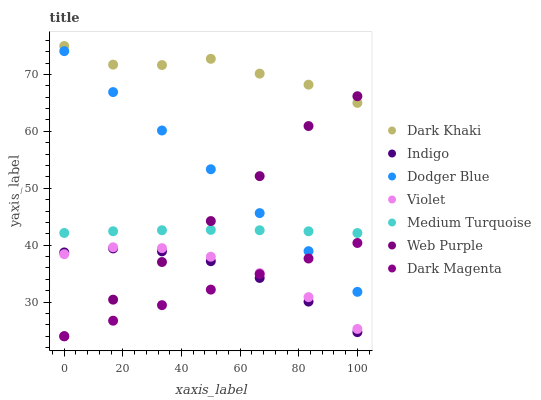
| xaxis_label | Dark Khaki | Indigo | Dodger Blue | Violet | Medium Turquoise | Web Purple | Dark Magenta |
 | --- | --- | --- | --- | --- | --- | --- | --- |
 | 0 | 75 | 38.7 | 74.1 | 38.4 | 42.2 | 24 | 24 |
 | 16.7 | 71.7 | 39.4 | 66.9 | 39.6 | 42.5 | 30.4 | 26.7 |
 | 33.3 | 71.7 | 38.9 | 60.2 | 39.5 | 42.6 | 37 | 29.5 |
 | 50 | 72.8 | 37.2 | 53.3 | 38 | 42.7 | 44.2 | 32.2 |
 | 66.7 | 70.1 | 34.2 | 45.6 | 35.1 | 42.6 | 52.1 | 34.9 |
 | 83.3 | 68.2 | 30.1 | 39 | 30.9 | 42.4 | 60.9 | 37.7 |
 | 100 | 65 | 24.7 | 31.8 | 25.3 | 42.1 | 66.2 | 40.4 |